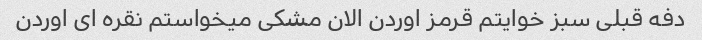
دفه قبلی سبز خوایتم قرمز اوردن الان مشکی میخواستم نقره ای اوردن